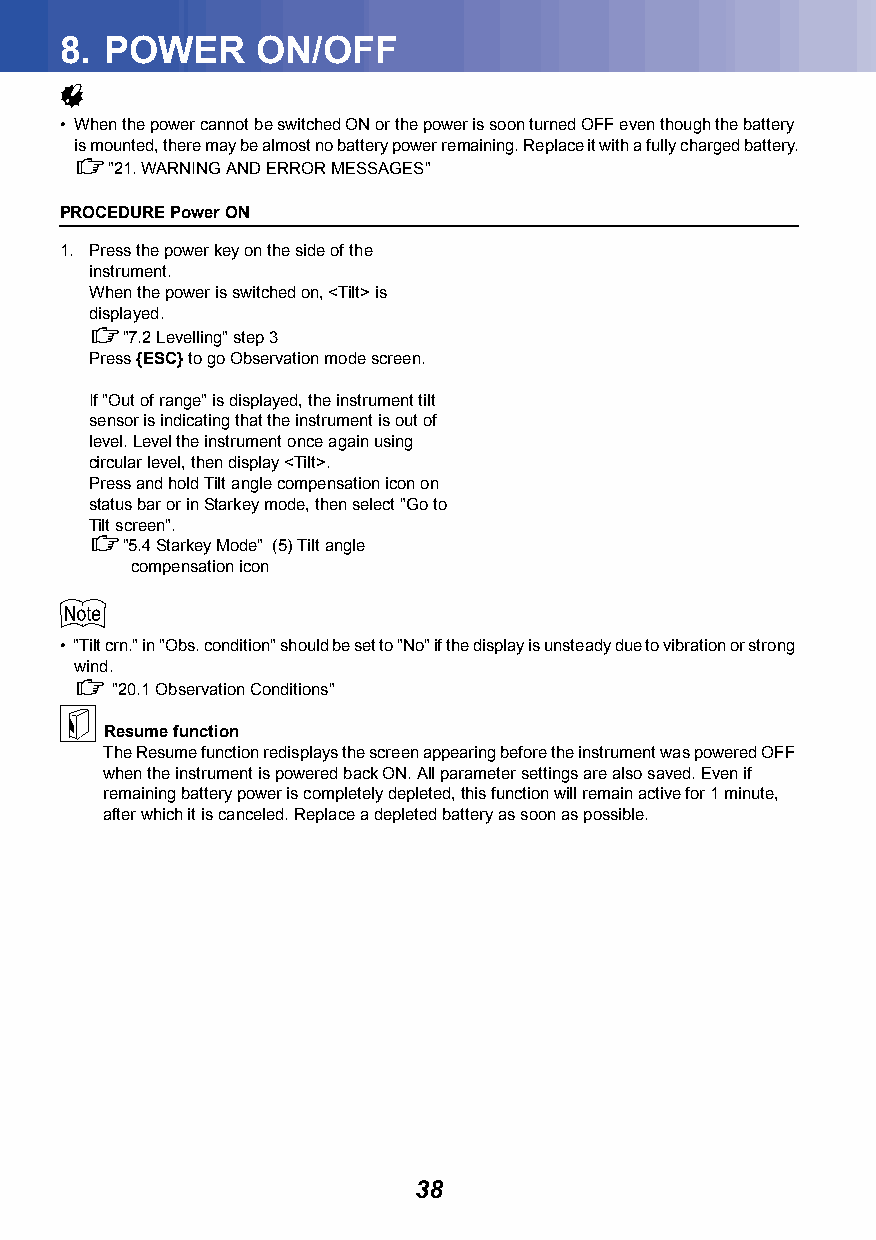
8. POWER     ON/OFF
 
 • When the power cannot be switched ON or the power is soon turned OFF even though the battery
 is mounted, there may be almost no battery power remaining. Replace it with a fully charged battery.
 "21.WARNING AND ERROR MESSAGES"
 PROCEDURE Power ON
 1. Press the power key on the side of the
 instrument.
 When the power is switched on, <Tilt> is
 displayed.
 "7.2Levelling" step 3
 Press {ESC} to go Observation mode screen.
 If "Out of range" is displayed, the instrument tilt
 sensor is indicating that the instrument is out of
 level. Level the instrument once again using
 circular level, then display <Tilt>.
 Press and hold Tilt angle compensation icon on
 status bar or in Starkey mode, then select "Go to
 Tilt screen".
 "5.4Starkey Mode" (5) Tilt angle
 compensation icon
 
 • "Tilt crn." in "Obs. condition" should be set to "No" if the display is unsteady due to vibration or strong
 wind.
  "20.1Observation Conditions"
 
 Resume function
 The Resume function redisplays the screen appearing before the instrument was powered OFF
 when the instrument is powered back ON. All parameter settings are also saved. Even if
 remaining battery power is completely depleted, this function will remain active for 1 minute,
 after which it is canceled. Replace a depleted battery as soon as possible.
 38